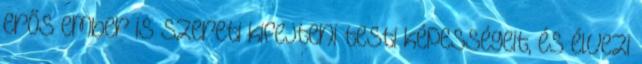
erős ember is szereti kifejteni testi képességeit, és élvezi